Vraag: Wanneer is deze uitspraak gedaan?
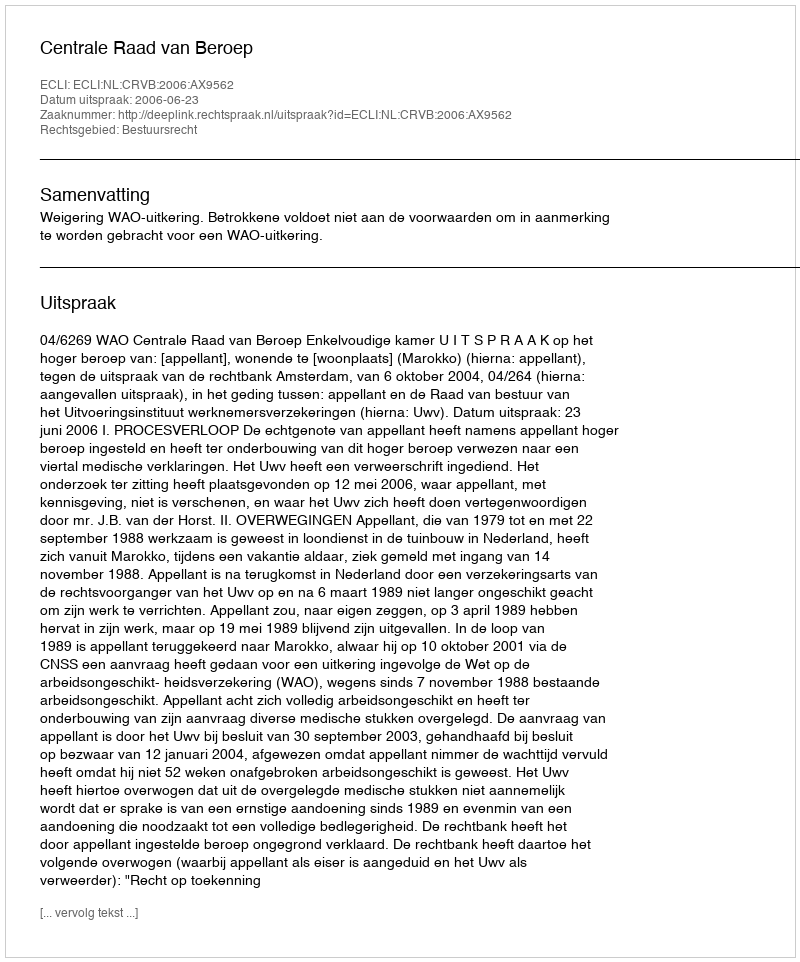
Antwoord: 2006-06-23